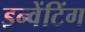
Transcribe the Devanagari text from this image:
इन्वेंटिंग